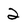
Character: 2